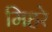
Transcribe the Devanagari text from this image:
मिहरे